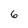
Character: 6